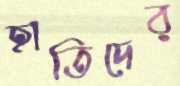
হাতিদের